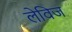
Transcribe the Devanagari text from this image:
लेविज